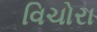
વિચોરા